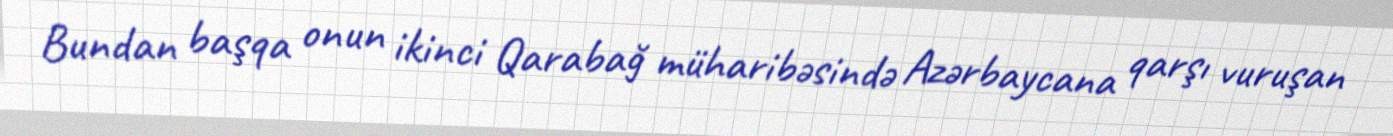
Bundan başqa onun ikinci Qarabağ müharibəsində Azərbaycana qarşı vuruşan